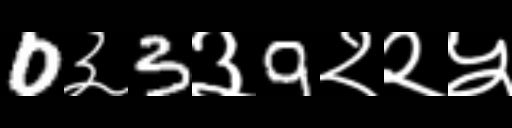
Text: 0३3३9२२५